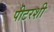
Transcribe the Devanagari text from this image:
पीटरशी